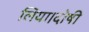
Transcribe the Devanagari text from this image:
लिया।दोषी